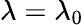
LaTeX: \lambda=\lambda_{0}